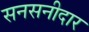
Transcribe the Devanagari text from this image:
सनसनीदार